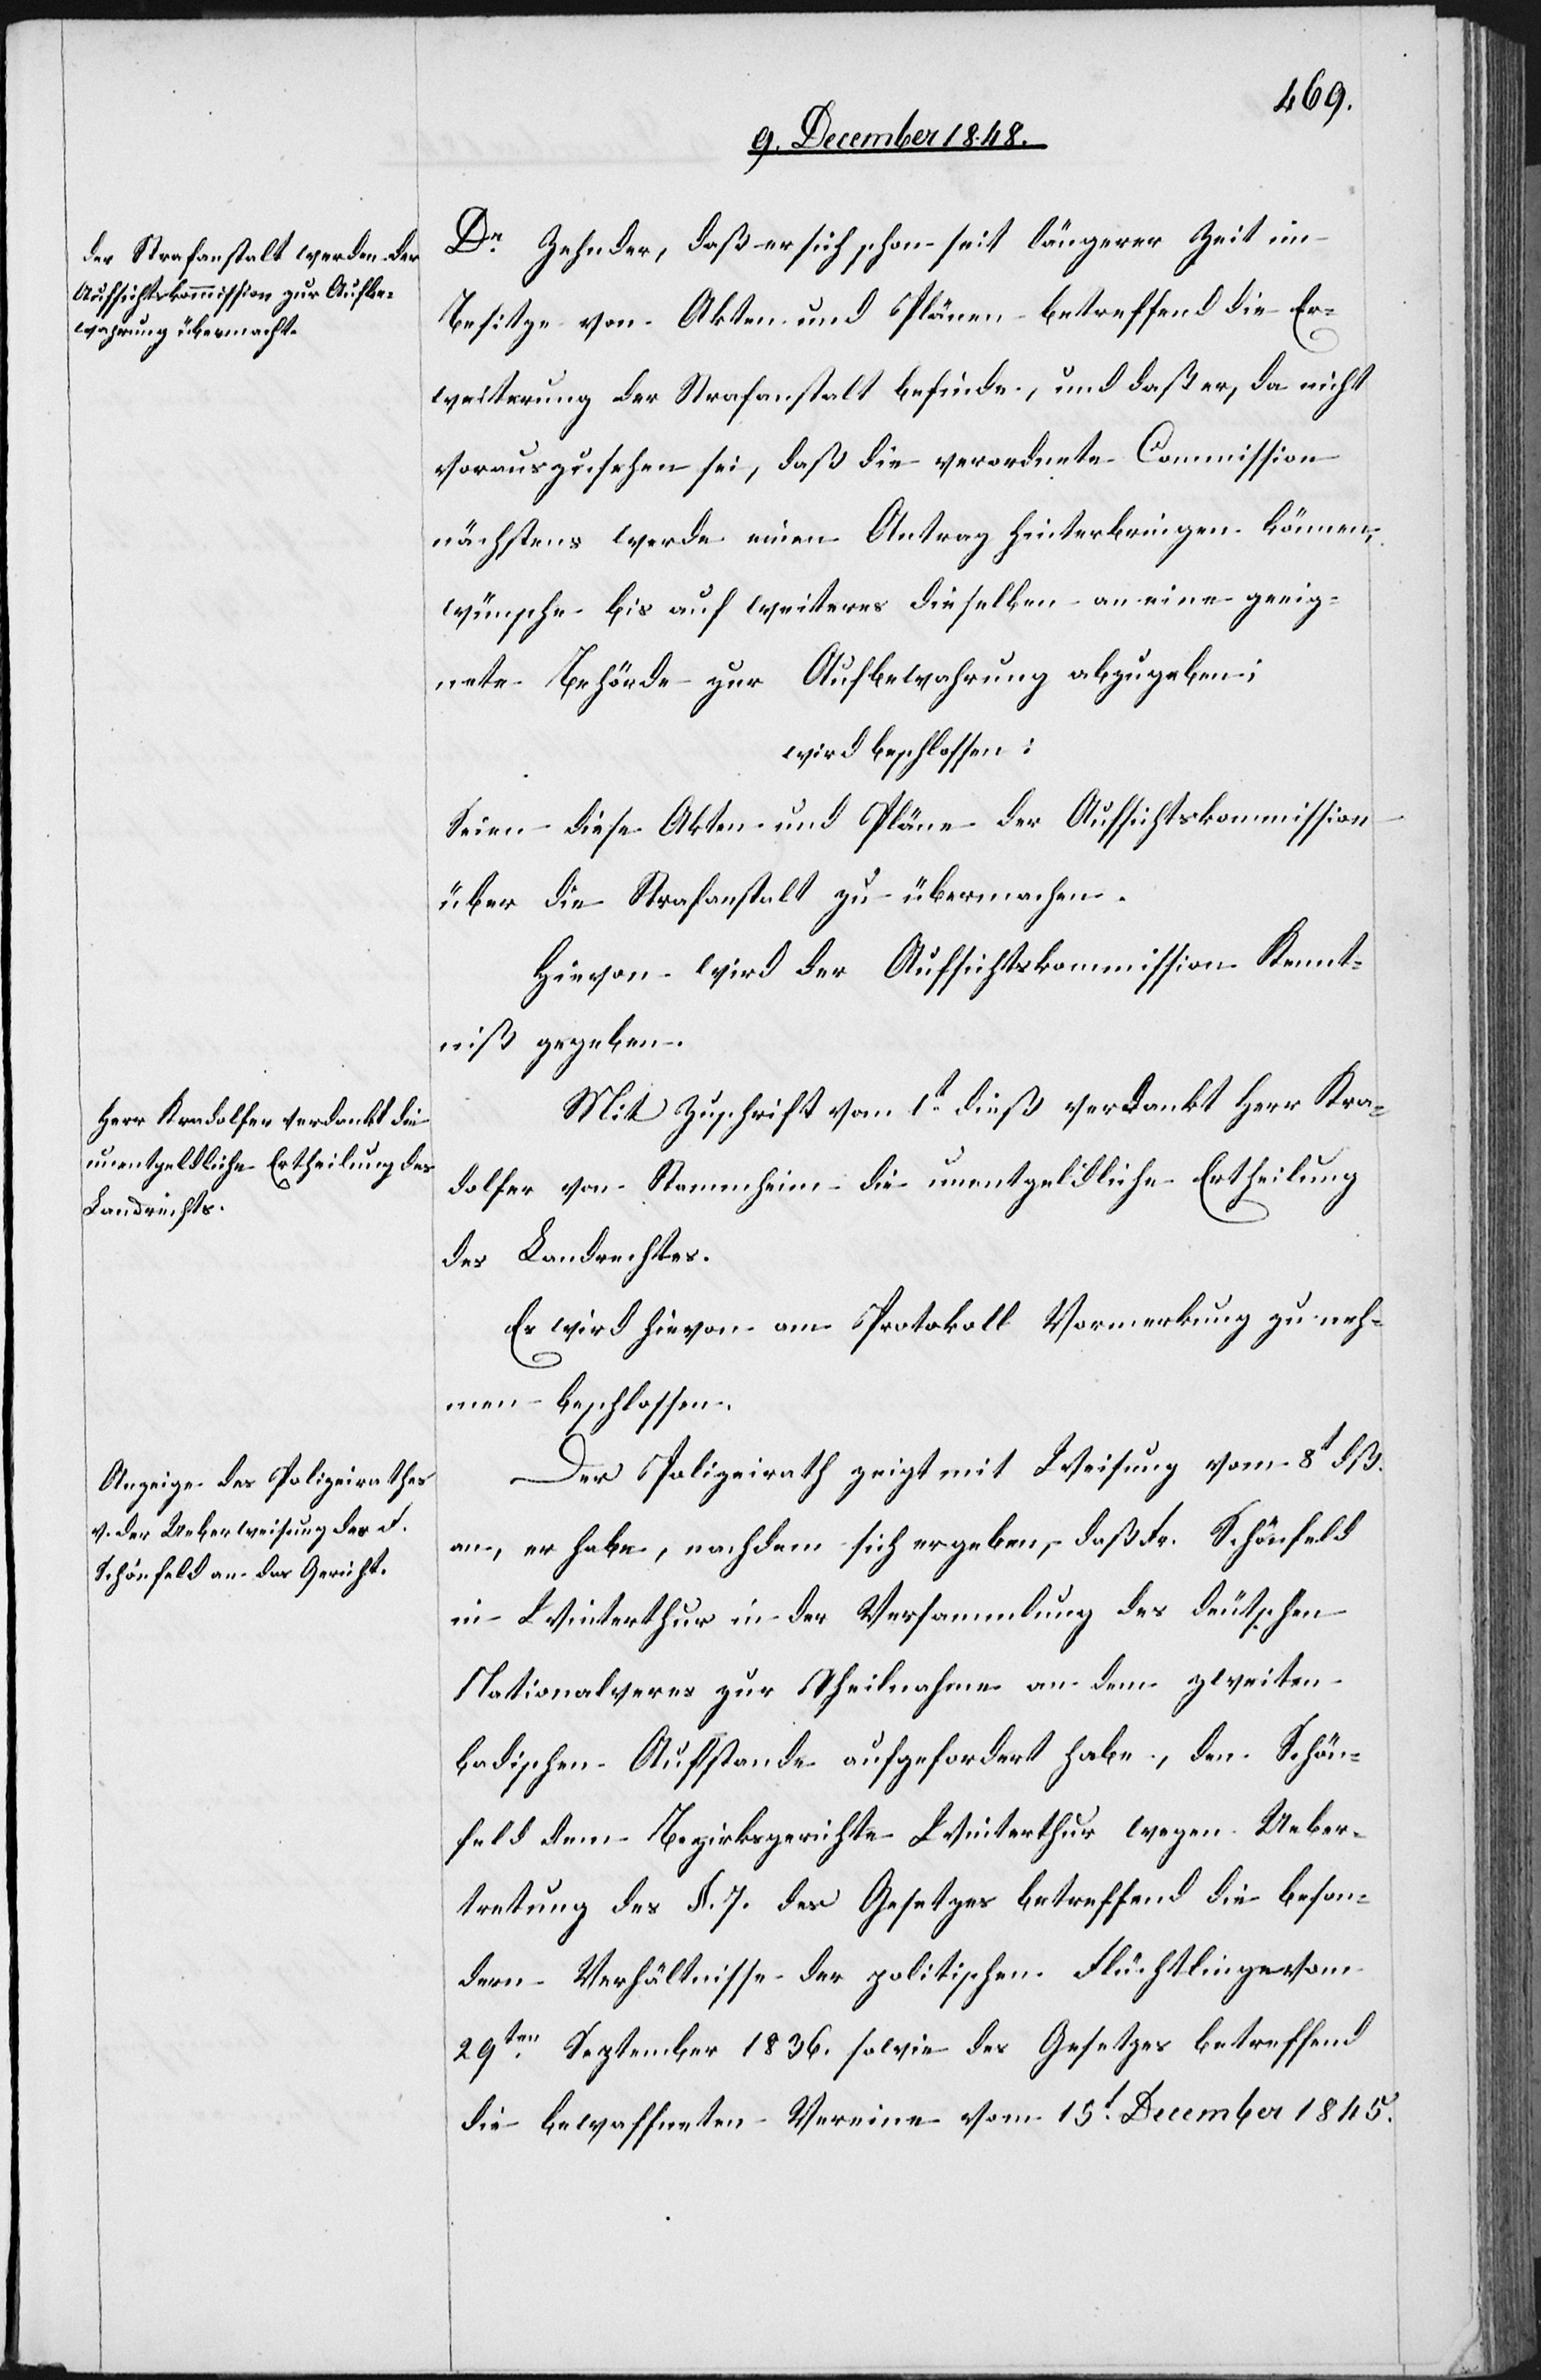
Dr Zehnder, daß er sich schon seit längerer Zeit im
Besitze von Akten und Plänen betreffend die Er¬
weiterung der Strafanstalt befinde, und daß er, da nicht
vorauszusehen sei, daß die verordnete Commission
nächstens werde einen Antrag hinterbringen können,
wünsche bis auf weiteres dieselben an eine geeig¬
nete Behörde zur Aufbewahrung abzugeben;
wird beschlossen:
Seien diese Akten und Pläne der Aufsichtskommission
über die Strafanstalt zu übermachen.
Hievon wird der Aufsichtskommission Kennt¬
niß gegeben.
Mit Zuschrift vom 1t dieß verdankt Herr Kra¬
dolfer von Stammheim die unentgeldliche Ertheilung
des Landrechtes.
Es wird hievon am Protokoll Vormerkung zu neh¬
men beschlossen.
Der Polizeirath zeigt mit Weisung vom 8t dß.
an, er habe, nachdem sich ergeben, daß Fr. Schönfeld
in Winterthur in der Versammlung des deutschen
Nationalveres [sic!] zur Theilnahme an dem zweiten
badischen Aufstande aufgefordert habe, den Schön¬
feld dem Bezirksgerichte Winterthur wegen Ueber¬
tretung des §. 7. des Gesetzes betreffend die beson¬
dern Verhältnisse der politischen Flüchtlinge vom
29ten September 1836. sowie des Gesetzes betreffend
die bewaffneten Vereine vom 15t December 1845.